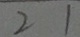
2 1